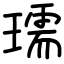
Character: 瓀